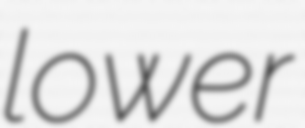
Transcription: lower